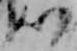
以